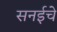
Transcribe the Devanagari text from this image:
सनईचे